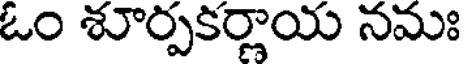
ఓం శూర్పకర్ణాయ నమః